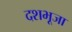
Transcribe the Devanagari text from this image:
दशभूजा